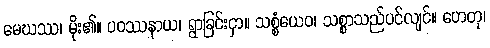
မေဃဿ၊ မိုး၏။ ပဝဿနာယ၊ ရွာခြင်းငှာ။ သစ္စံယေဝ၊ သစ္စာသည်ပင်လျင်။ ဟေတု၊